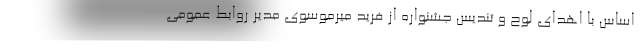
اساس با اهدای لوح و تندیس جشنواره از فرید میرموسوی مدیر روابط عمومی